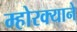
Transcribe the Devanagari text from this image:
म्होरक्याने